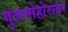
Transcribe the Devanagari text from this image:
गुलमोहोरावर